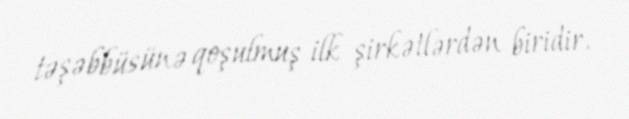
təşəbbüsünə qoşulmuş ilk şirkətlərdən biridir.